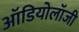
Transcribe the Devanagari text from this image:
ऑडियोलॉजी